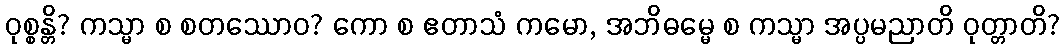
ဝုစ္စန္တိ? ကသ္မာ စ စတဿောဝ? ကော စ ဧတာသံ ကမော, အဘိဓမ္မေ စ ကသ္မာ အပ္ပမညာတိ ဝုတ္တာတိ?